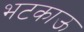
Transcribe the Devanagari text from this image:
भटकाऊ